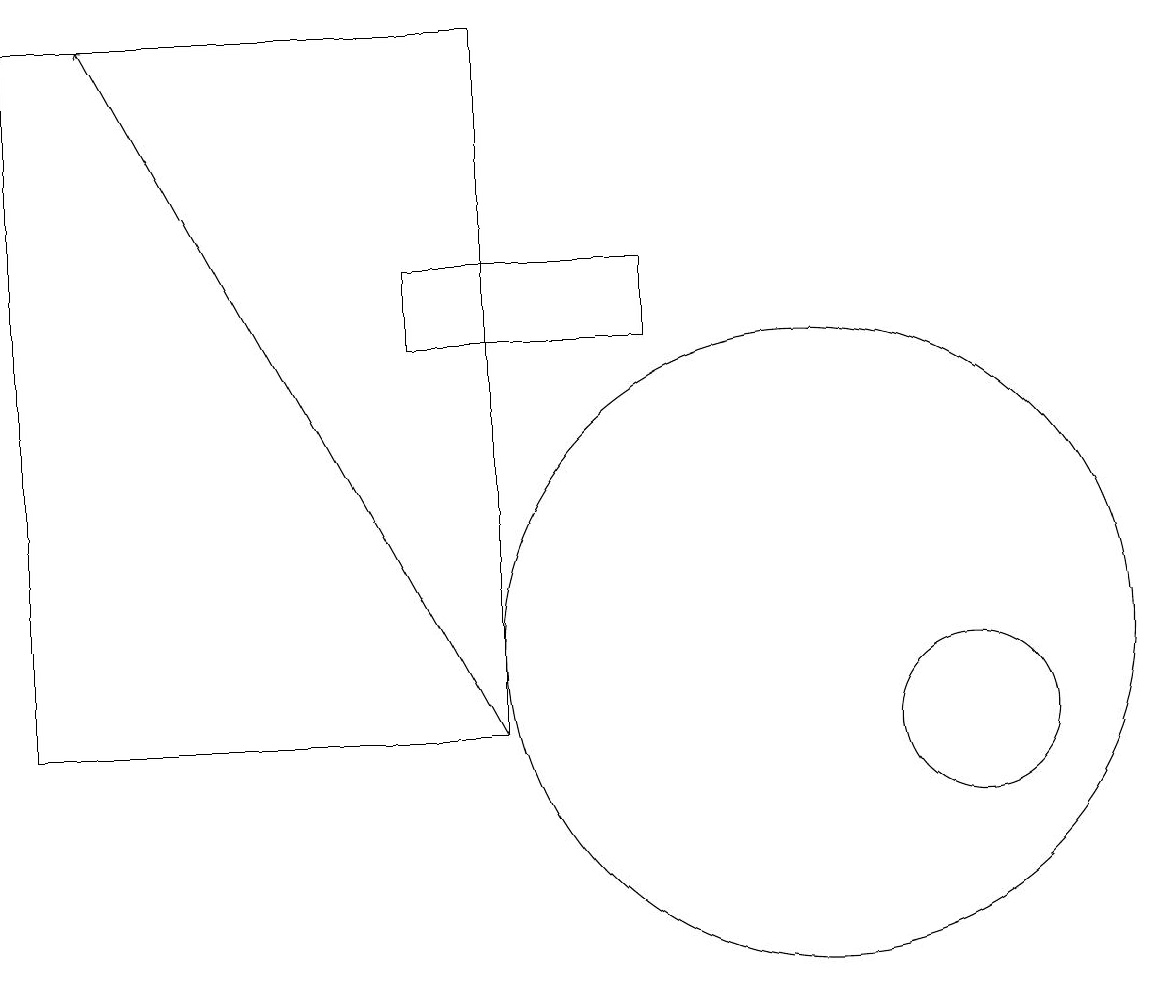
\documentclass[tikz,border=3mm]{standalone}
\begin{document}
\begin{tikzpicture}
\draw (5,16) rectangle (8,15);
\draw (10,11) circle (4);
\draw[->] (6,10) -- (1,19);
\draw (12,10) circle (1);
\draw (6,19) rectangle (0,10);
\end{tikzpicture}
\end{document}